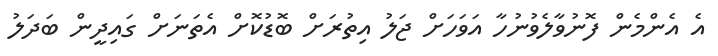
އެ އެންމެން ފޮނުވާލެވުނުހާ އަވަހަށް ޖަލު އިތުރަށް ބޮޑުކޮށް އެތަނަށް ގައިދީން ބަދަލު